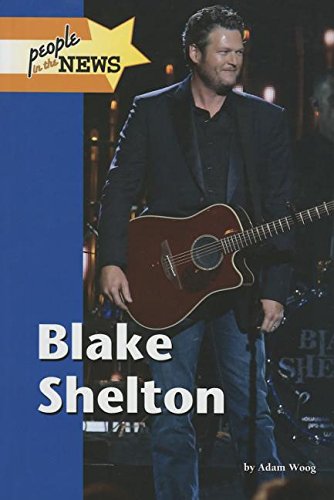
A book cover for Blake Shelton (People in the News); Adam Woog; Teen & Young Adult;